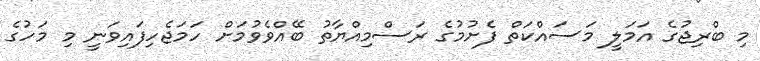
މި ބްރިޖުގެ އަމަލީ މަސައްކަތް ފެށުމުގެ ރަސްމިއްޔާތު ބޭއްވެވުމަށް ހަމަޖެހިފައިވަނީ މި މަހުގެ